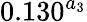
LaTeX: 0.130^{a_{3}}